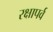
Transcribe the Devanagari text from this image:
रक्षापर्व